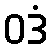
ဝဒံ